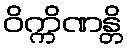
ဝိက္ကိဏန္တိ